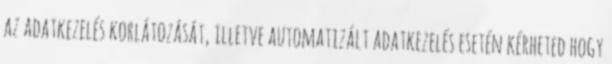
az adatkezelés korlátozását, illetve automatizált adatkezelés esetén kérheted hogy